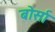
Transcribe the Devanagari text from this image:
बोर्सा